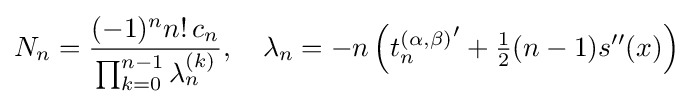
N_{n}={\frac {(-1)^{n}n!\,c_{n}}{\prod _{k=0}^{n-1}\lambda _{n}^{(k)}}},\quad \lambda _{n}=-n\left({t_{n}^{(\alpha ,\beta )}}'+{\tfrac {1}{2}}(n-1)s''(x)\right)